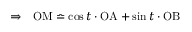
\begin{array} { l l } { \Rightarrow } & { \mathrm { O M } \bumpeq \cos t \cdot \mathrm { O A } + \sin t \cdot \mathrm { O B } } \end{array}